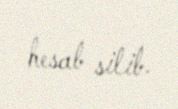
hesab silib.